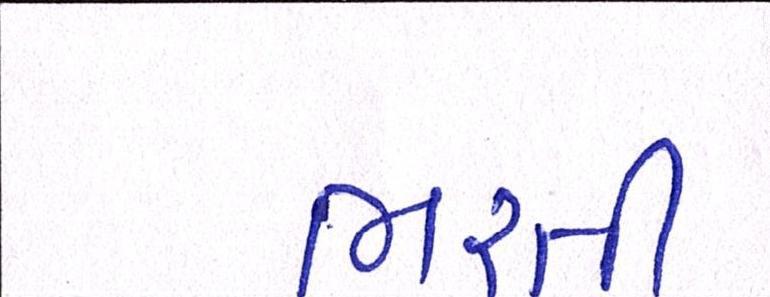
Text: ભરતી